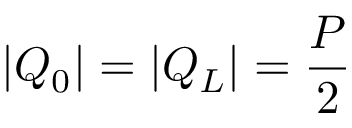
| Q _ { 0 } | = | Q _ { L } | = { \frac { P } { 2 } }